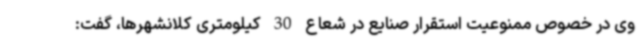
وی در خصوص ممنوعیت استقرار صنایع در شعاع 30 کیلومتری کلانشهرها، گفت: